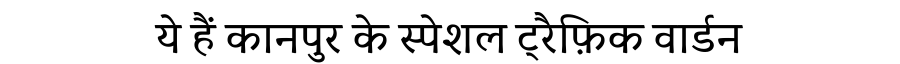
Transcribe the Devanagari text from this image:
ये हैं कानपुर के स्पेशल ट्रैफ़िक वार्डन